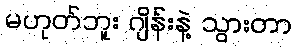
မဟုတ်ဘူး ဂျိန်းနဲ့ သွားတာ